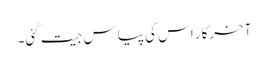
آخرکار اس کی پیاس جیت گئی۔